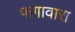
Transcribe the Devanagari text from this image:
फगावारा